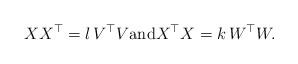
LaTeX: \begin{align*}XX^\top = l \, V^\top V\mbox{and} X^\top X =k \, W^\top W.\end{align*}